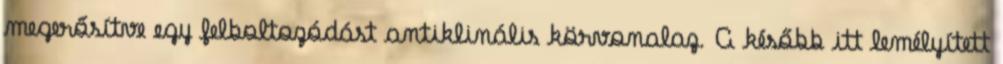
megerősítve egy felboltozódást antiklinális körvonalaz. A később itt lemélyített